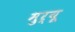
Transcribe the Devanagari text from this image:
मुर्यू